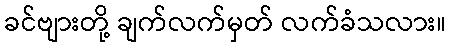
ခင်ဗျားတို့ ချက်လက်မှတ် လက်ခံသလား။